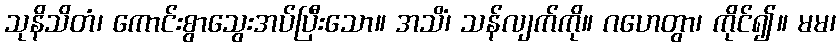
သုနိသိတံ၊ ကောင်းစွာသွေးအပ်ပြီးသော။ အသိံ၊ သန်လျက်ကို။ ဂဟေတွာ၊ ကိုင်၍။ မမ၊